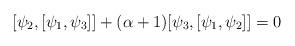
LaTeX: \begin{align*} [\psi_2, [\psi_1, \psi_3]] + (\alpha+1)[\psi_3, [\psi_1, \psi_2]] = 0\end{align*}